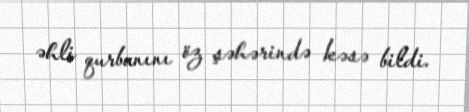
əhli qurbanını öz şəhərində kəsə bildi.